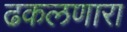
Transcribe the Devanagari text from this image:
ढकलणारा